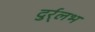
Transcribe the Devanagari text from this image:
दुर्र्लभ